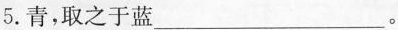
5.青，取之于蓝___。